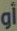
أو